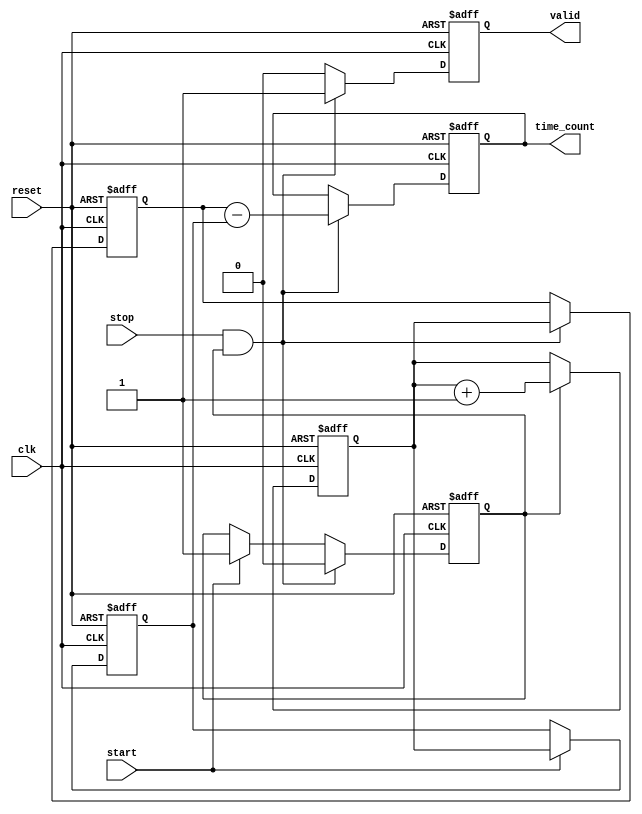
module TDC (
    input wire clk,         // Clock signal
    input wire reset,       // Asynchronous reset signal
    input wire start,       // Start signal
    input wire stop,        // Stop signal
    output reg [N-1:0] time_count, // Measured time interval
    output reg valid        // Output valid signal
);
    parameter N = 16; // Number of bits for time count

    reg [N-1:0] counter;     // Counter for elapsed time
    reg [N-1:0] start_time;  // Start timestamp
    reg [N-1:0] stop_time;   // Stop timestamp
    reg measuring;           // Flag to indicate if measuring

    // Counter logic, count on rising edge of clock
    always @(posedge clk or posedge reset) begin
        if (reset) begin
            counter <= 0;
            start_time <= 0;
            stop_time <= 0;
            time_count <= 0;
            valid <= 0;
            measuring <= 0;
        end else begin
            if (measuring) begin
                counter <= counter + 1; // Increment counter
            end
            
            if (start) begin
                start_time <= counter; // Latch start time
                measuring <= 1;        // Begin measuring
            end
            
            if (stop && measuring) begin
                stop_time <= counter;  // Latch stop time
                measuring <= 0;        // Stop measuring
                time_count <= stop_time - start_time; // Calculate time difference
                valid <= 1;            // Set valid signal
            end else begin
                valid <= 0;            // Clear valid signal if not measuring
            end
        end
    end
endmodule